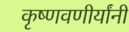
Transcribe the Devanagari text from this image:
कृष्णवणीर्यांनी